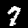
Digit: 7